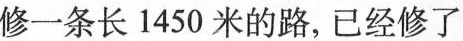
修一条长1450米的路，已经修了